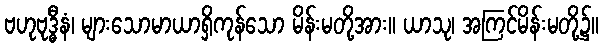
ဗဟုဗုဒ္ဓီနံ၊ များသောမာယာရှိကုန်သော မိန်းမတို့အား။ ယာသု၊ အကြင်မိန်းမတို့၌။